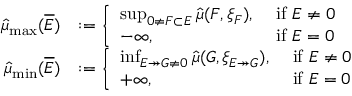
\begin{array} { r l } { \widehat \mu _ { \operatorname* { m a x } } ( \overline { E } ) } & { : = \left\{ \begin{array} { l l } { \operatorname* { s u p } _ { 0 \not = F \subset E } \widehat \mu ( F , \xi _ { F } ) , } & { \mathrm { ~ i f ~ } E \not = 0 } \\ { - \infty , } & { \mathrm { ~ i f ~ } E = 0 } \end{array} \right. } \\ { \widehat { \mu } _ { \operatorname* { m i n } } ( \overline { E } ) } & { : = \left\{ \begin{array} { l l } { \operatorname* { i n f } _ { E \twoheadrightarrow G \not = 0 } \widehat \mu ( G , \xi _ { E \twoheadrightarrow G } ) , } & { \mathrm { ~ i f ~ } E \not = 0 } \\ { + \infty , } & { \mathrm { ~ i f ~ } E = 0 } \end{array} \right. } \end{array}